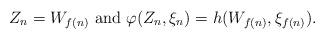
LaTeX: \begin{align*}Z_n = W_{f(n)} \mbox{ and } \varphi(Z_n, \xi_n) = h(W_{f(n)},\xi_{f(n)}). \end{align*}